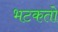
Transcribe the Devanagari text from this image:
भटकतो